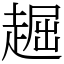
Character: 䞷